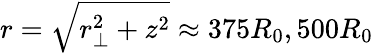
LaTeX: r=\sqrt{r_{\perp}^{2}+z^{2}}\approx 375R_{0},500R_{0}